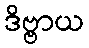
ဒိဗ္ဗာယ